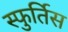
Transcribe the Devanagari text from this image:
स्फुर्तिस